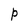
Character: P